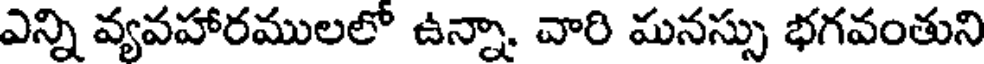
ఎన్ని వ్యవహారములలో ఉన్నా. వారి మనస్సు భగవంతుని